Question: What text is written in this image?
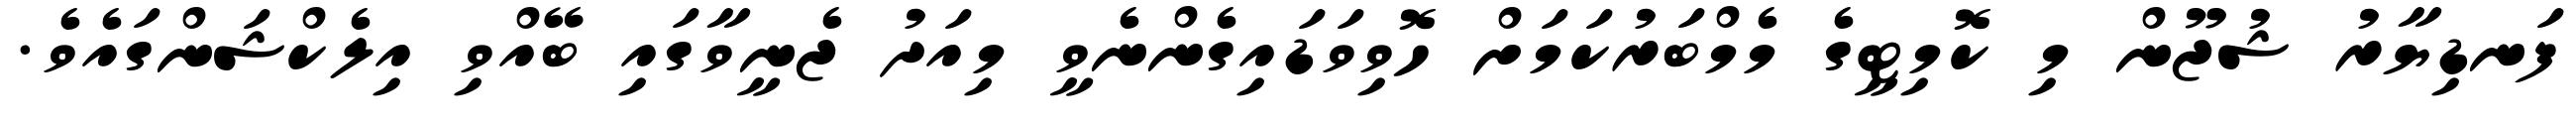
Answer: ފަނޑިޔާރު ޝުޖޫން މި ކޮމިޓީގެ މެމްބަރުކަމަށް ހޮވިވަޑައިގެންނެވީ މިއަދު ޖެނީވާގައި ބޭއްވި އިލެކްޝަންގައެވެ.